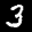
Label: 3